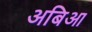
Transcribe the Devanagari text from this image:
अबिआ